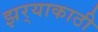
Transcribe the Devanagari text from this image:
झर्‍याकाठी